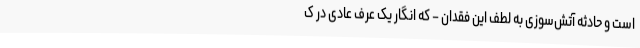
است و حادثه آتش‌سوزی به لطف این فقدان – که انگار یک عرف عادی در ک